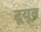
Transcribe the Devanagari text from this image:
टूयूब